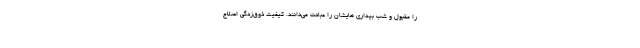
را مقبول و شب بیداری هایشان را عبادت می‌دانند. کیفیت ذوق‌زدگی اصلاح